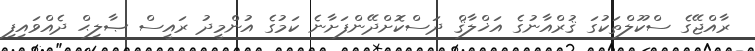
ރާއްޖޭގެ ސްކޫލްތަކުގަ ޤުރްއާނުގެ އަޚްލާޤް ދަސްކޮށްދޭންފަށާނެ ކަމުގެ އުންމީދު ރައީސް ޞާލިޙް ދެއްވައިފި